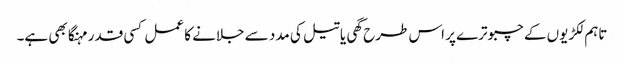
تاہم لکڑیوں کے چبوترے پر اس طرح گھی یا تیل کی مدد سے جلانے کا عمل کسی قدر مہنگا بھی ہے۔